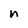
Character: n